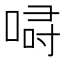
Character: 𠷲